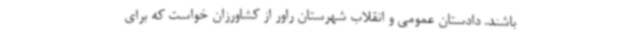
باشند. دادستان عمومی و انقلاب شهرستان راور از کشاورزان خواست که برای